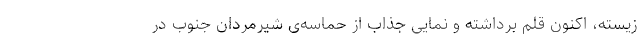
زیسته، اکنون قلم برداشته و نمایی جذاب از حماسه‌ی شیرمردان جنوب در